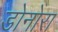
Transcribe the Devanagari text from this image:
डोनोरा